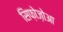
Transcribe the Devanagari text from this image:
सिफ़ोज़ोआ